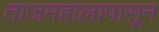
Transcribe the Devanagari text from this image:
ताजमहालापासून